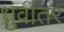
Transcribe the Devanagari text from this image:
ध्रुवांतर